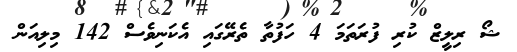
ޝޯ ރިލީޒް ކުރި ފުރަތަމަ 4 ހަފުތާ ތެރޭގައި އެކަނިވެސް 142 މިލިއަން